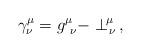
LaTeX: \begin{align*}\gamma^\mu_{ \nu}= g^\mu_{\ \nu}- \perp^{\!\mu}_{\,\nu} \, ,\end{align*}